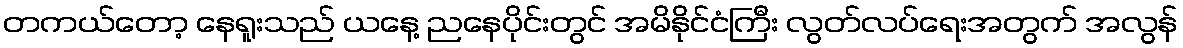
တကယ်တော့ နေရူးသည် ယနေ့ ညနေပိုင်းတွင် အမိနိုင်ငံကြီး လွတ်လပ်ရေးအတွက် အလွန်